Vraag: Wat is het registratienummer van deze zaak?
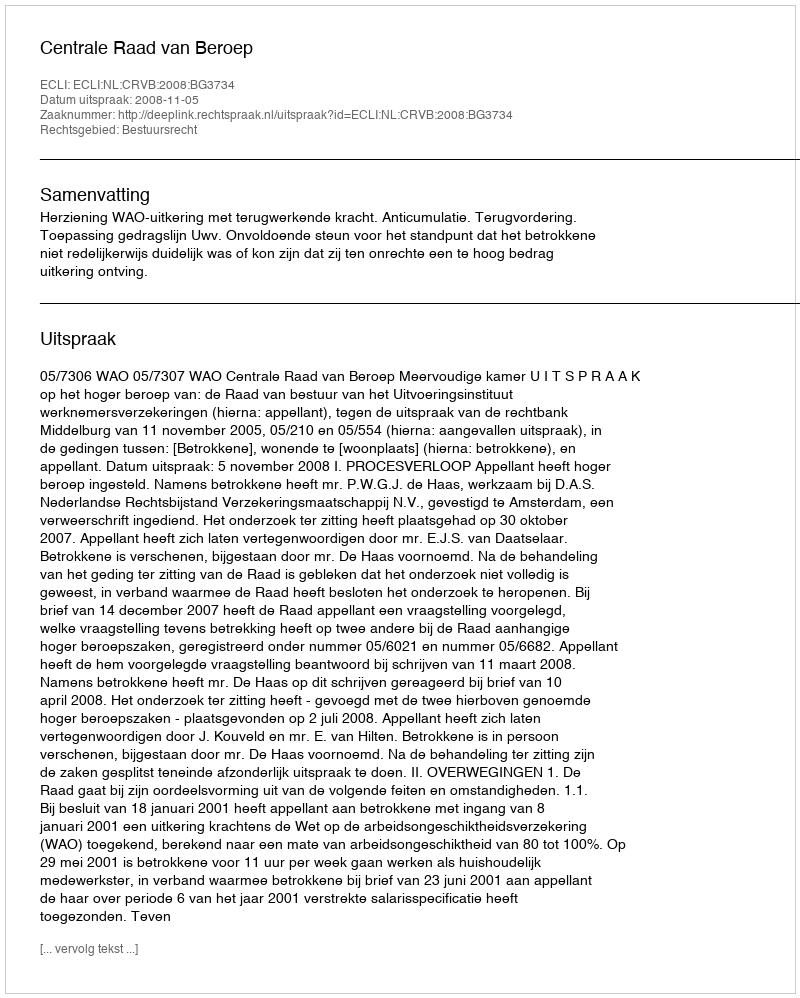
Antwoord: http://deeplink.rechtspraak.nl/uitspraak?id=ECLI:NL:CRVB:2008:BG3734